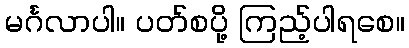
မင်္ဂလာပါ။ ပတ်စပို့ ကြည့်ပါရစေ။